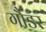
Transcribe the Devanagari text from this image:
गौंडर